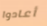
أعادوا